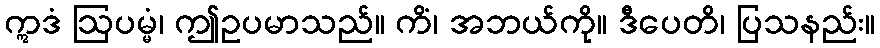
ဣဒံ ဩပမ္မံ၊ ဤဥပမာသည်။ ကိံ၊ အဘယ်ကို။ ဒီပေတိ၊ ပြသနည်း။